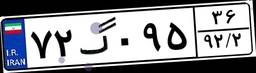
۷۲گ۰۹۵۳۶